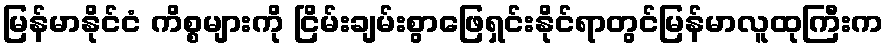
မြန်မာနိုင်ငံ ကိစ္စများကို ငြိမ်းချမ်းစွာဖြေရှင်းနိုင်ရာတွင်မြန်မာလူထုကြီးက